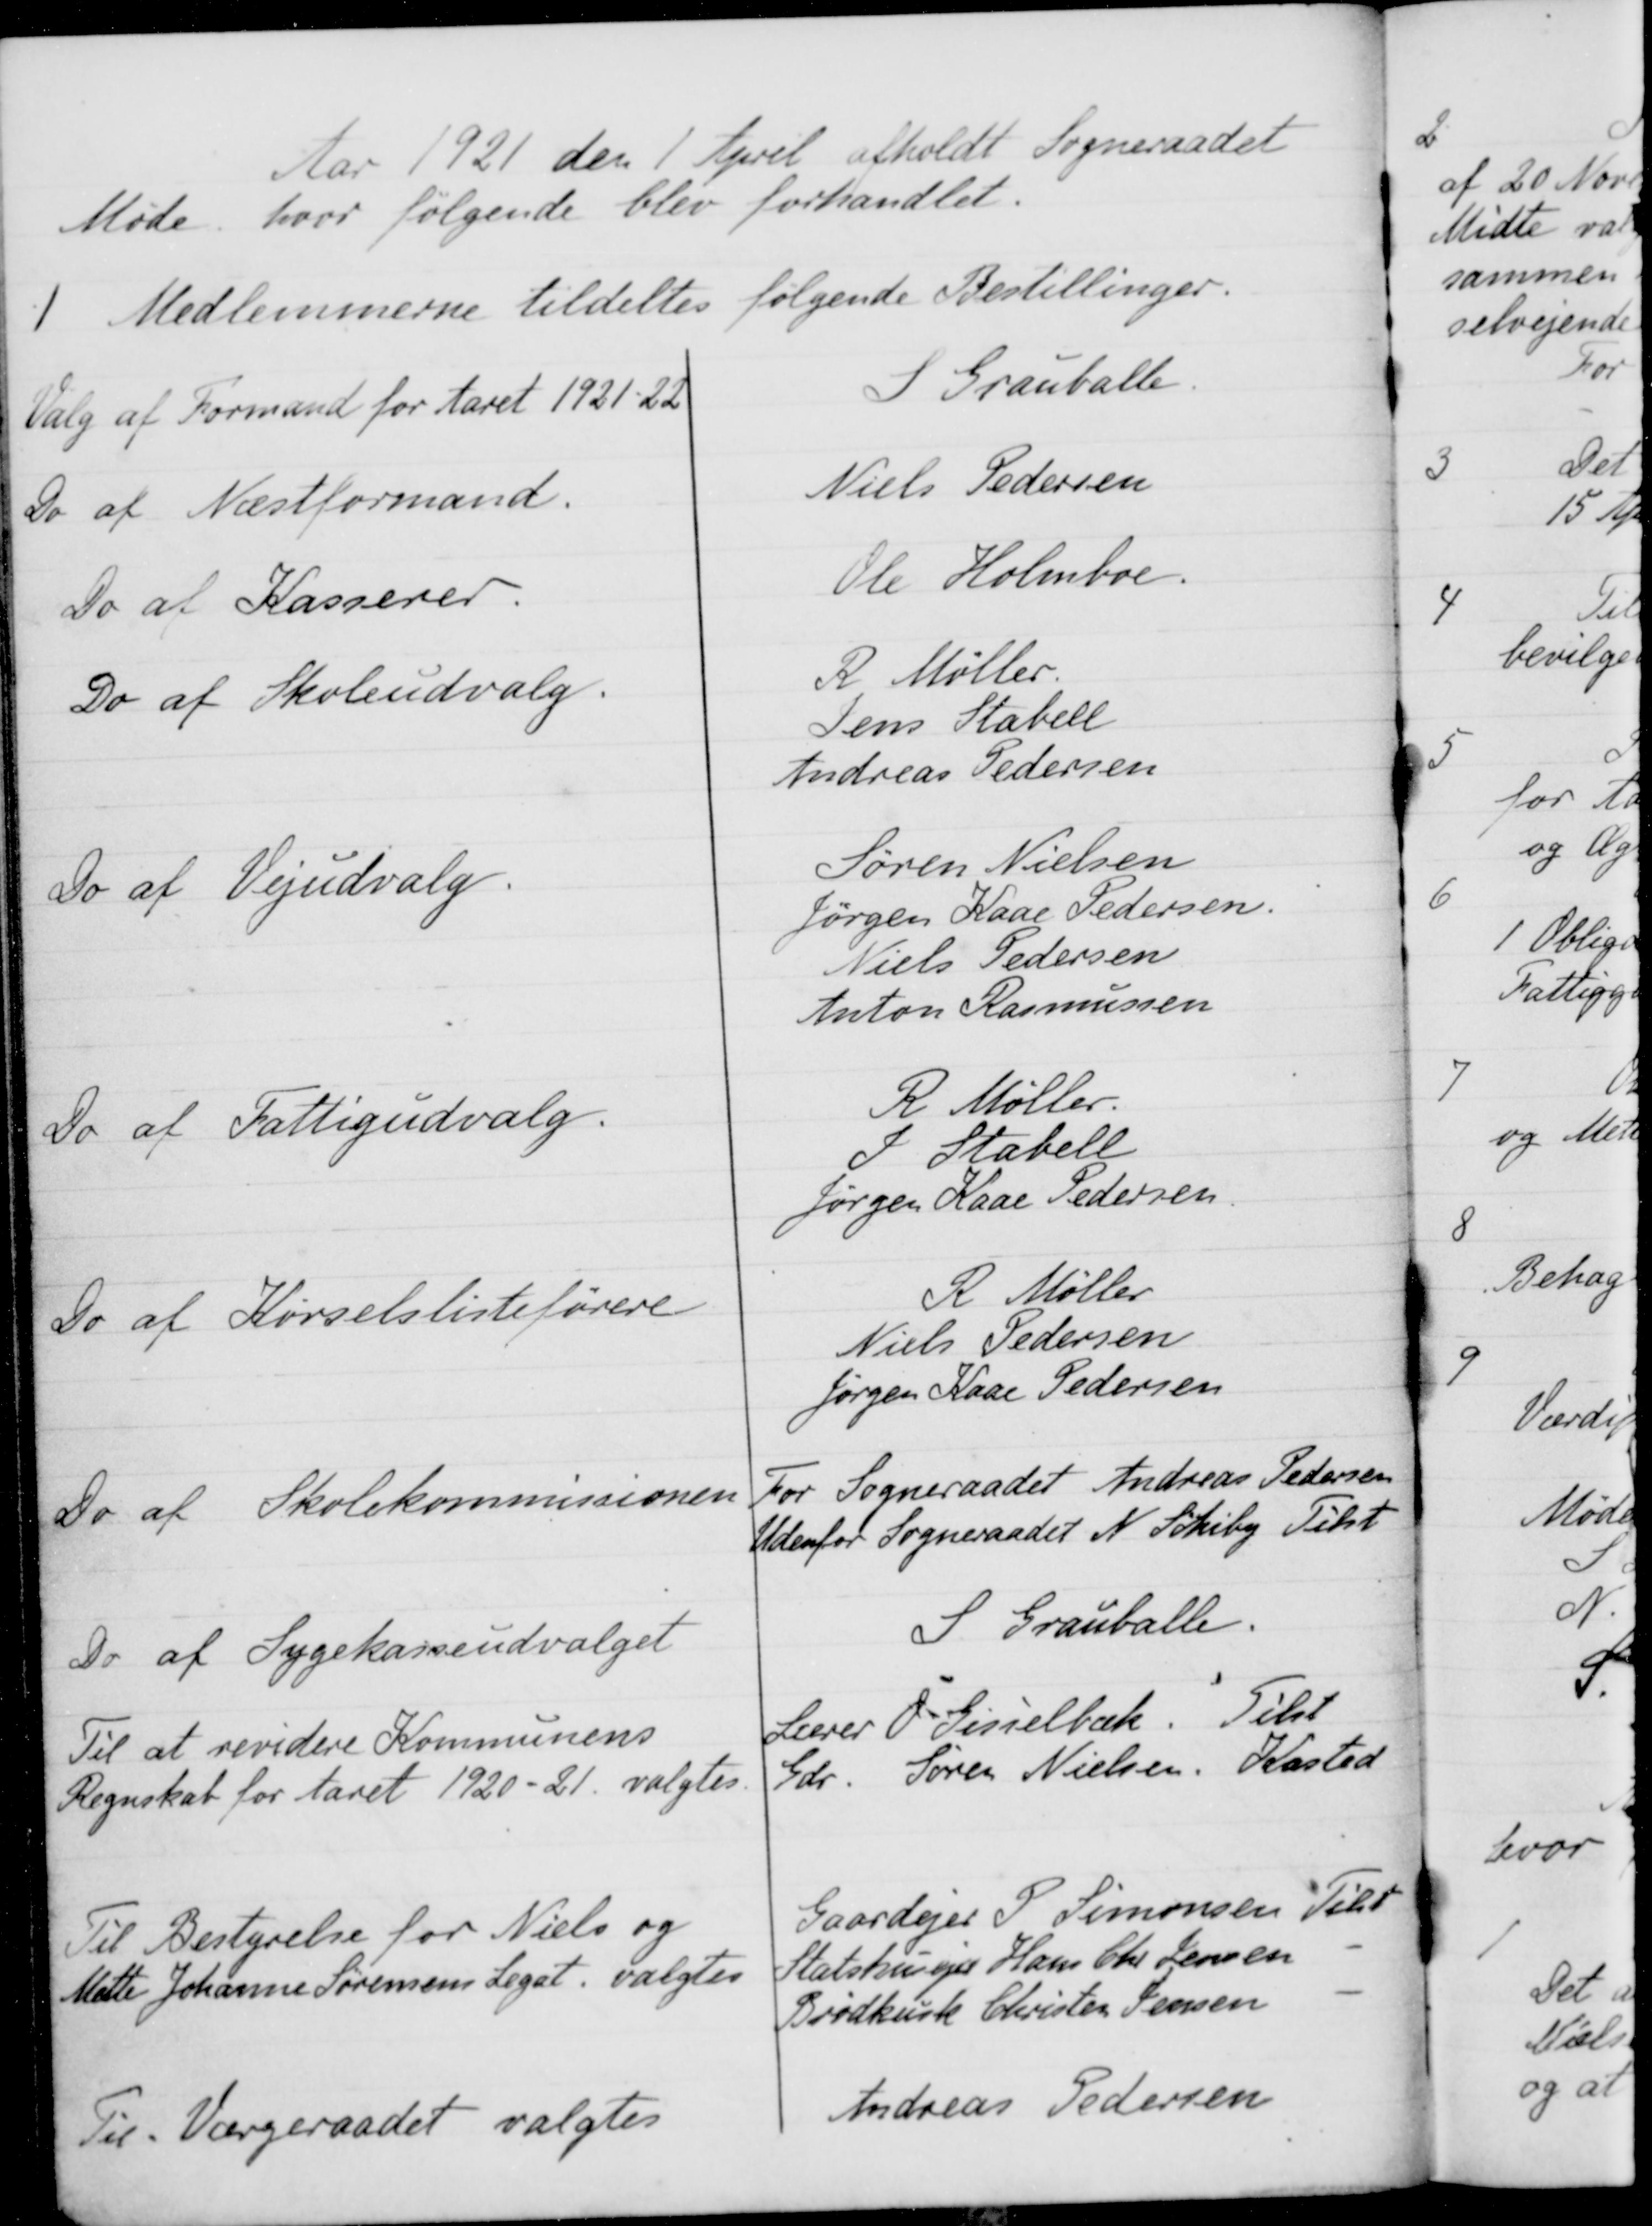
Transskription:
Aar 1921 den 1 April afholdt Sogneraadet
Møde, hvor følgende blev forhandlet.
1
Medlemmerne tildeltes følgende Bestillinger.
Valg af Formand for Aaret 1921-22
S Grauballe.
Do af Næstformand.
Niels Pedersen
Do af Kasserer.
Ole Holmboe.
Do af Skoleudvalg.
R. Møller.
Jens Stabell
Andreas Pedersen
Do af Vejudvalg.
Søren Nielsen
Jørgen Kaae Pedersen.
Niels Pedersen
Anton Rasmussen
Do af Fattigudvalg.
R Møller.
J Stabell
Jørgen Kaae Pedersen
Do af Kørselslisteførere
R Møller
Niels Pedersen
Jørgen Kaae Pedersen
Do af Skolekommissionen.
For Sogneraadet Andreas Pedersen
Udenfor Sogneraadet N. Schiby Tilst
Do af Sygekasseudvalget
S Grauballe.
Til at revidere Kommunens
Regnskab for Aaret 1920-21 valgtes
Lærer O. Gisselbæk
Tilst
Gdr. Søren Nielsen
Kasted
Til Bestyrelse for Niels og
Mette Johanne Sørensens Legat valgtes
Gaardejer P. Simonsen Tilst
Statshunger Hans Chr. Jensen
Brødkusk Christen Jensen
Til Værgeraadet valgtes
Andreas Pedersen